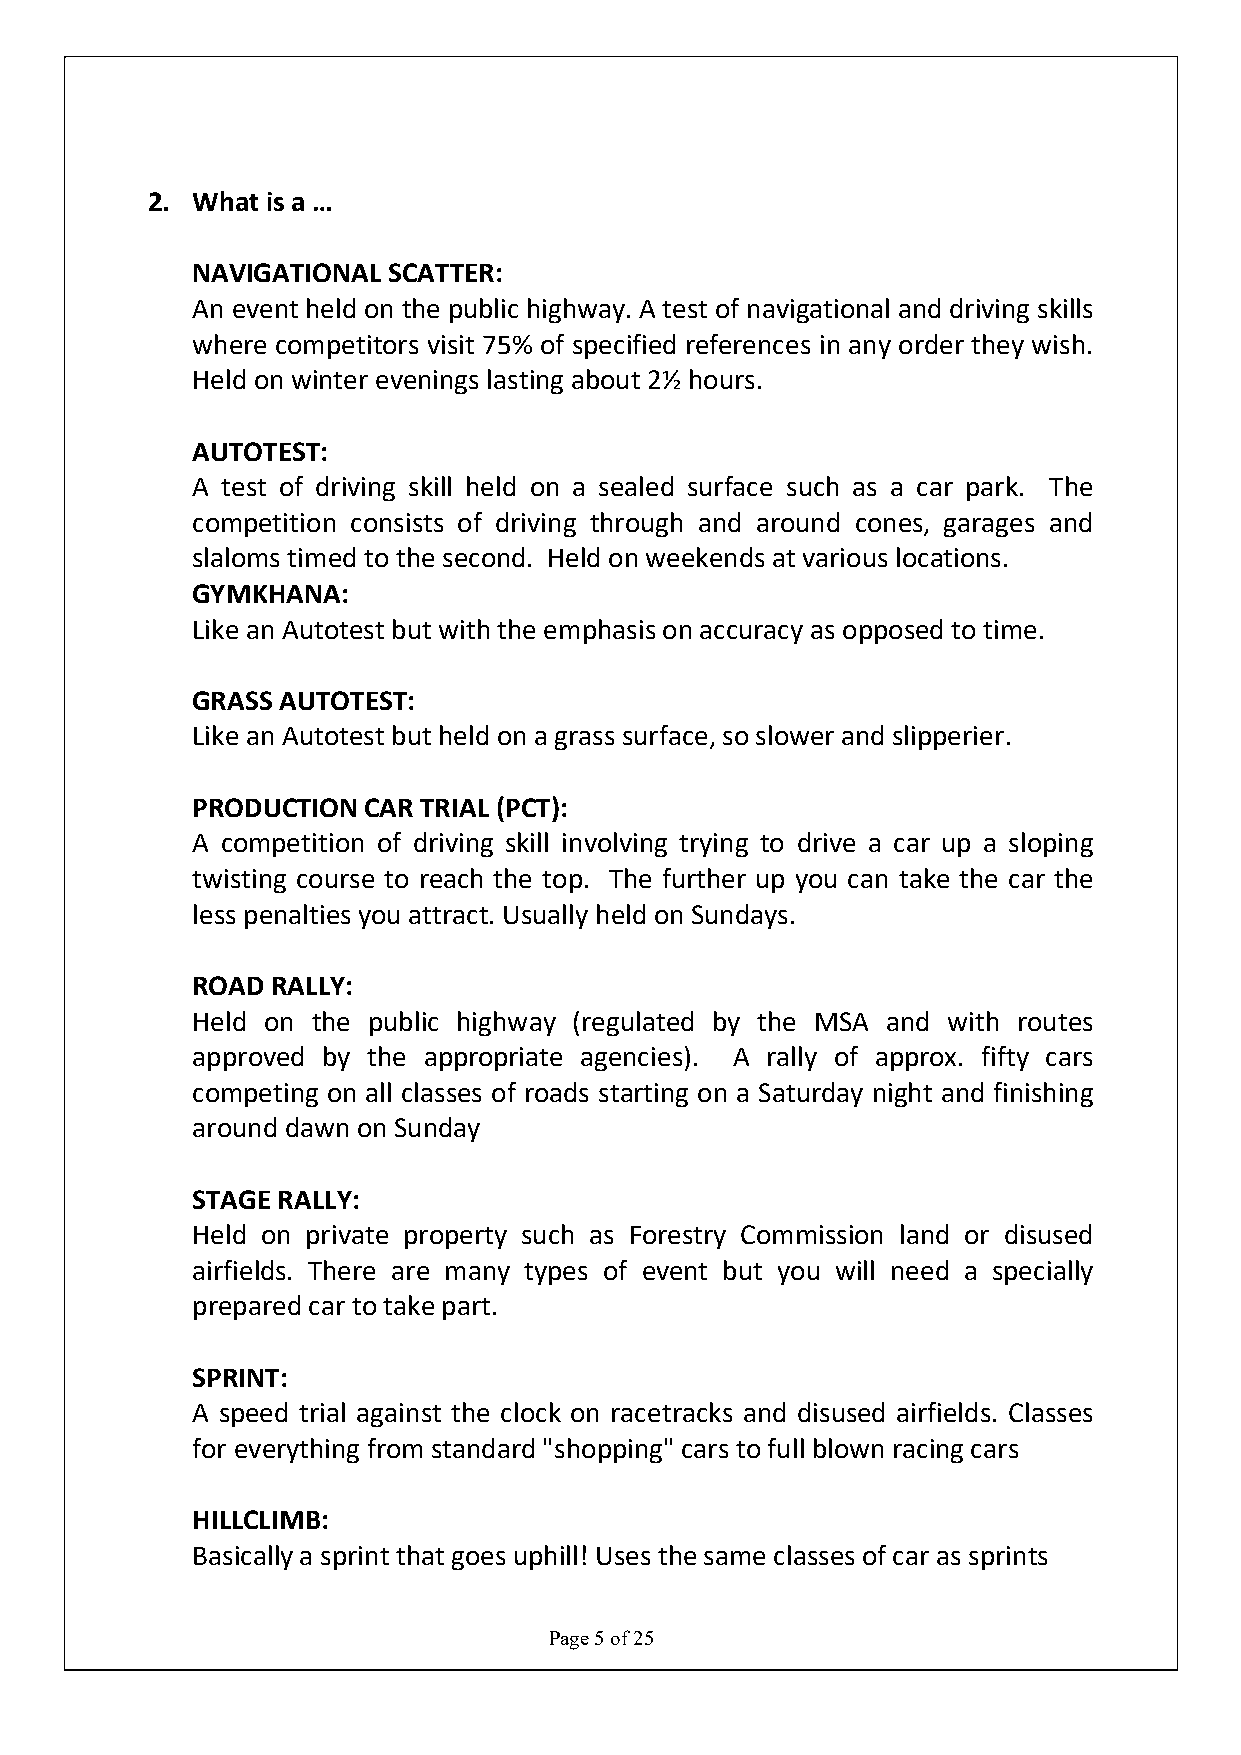
2. What is a …
 NAVIGATIONAL SCATTER:
 An event held on the public highway. A test of navigational and driving skills
 where competitors visit 75% of specified references in any order they wish.
 Held on winter evenings lasting about 2½ hours.
 AUTOTEST:
 A test of driving skill held on a sealed surface such as a car park. The
 competition consists of driving through and around cones, garages and
 slaloms timed to the second. Held on weekends at various locations.
 GYMKHANA:
 Like an Autotest but with the emphasis on accuracy as opposed to time.
 GRASS AUTOTEST:
 Like an Autotest but held on a grass surface, so slower and slipperier.
 PRODUCTION CAR TRIAL (PCT):
 A competition of driving skill involving trying to drive a car up a sloping
 twisting course to reach the top. The further up you can take the car the
 less penalties you attract. Usually held on Sundays.
 ROAD RALLY:
 Held on the public highway (regulated by the MSA and with routes
 approved by the appropriate agencies). A rally of approx. fifty cars
 competing on all classes of roads starting on a Saturday night and finishing
 around dawn on Sunday
 STAGE RALLY:
 Held on private property such as Forestry Commission land or disused
 airfields. There are many types of event but you will need a specially
 prepared car to take part.
 SPRINT:
 A speed trial against the clock on racetracks and disused airfields. Classes
 for everything from standard "shopping" cars to full blown racing cars
 HILLCLIMB:
 Basically a sprint that goes uphill! Uses the same classes of car as sprints
 Page 5 of 25